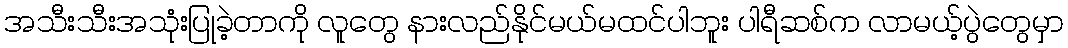
အသီးသီးအသုံးပြုခဲ့တာကို လူတွေ နားလည်နိုင်မယ်မထင်ပါဘူး ပါရီဆစ်က လာမယ့်ပွဲတွေမှာ